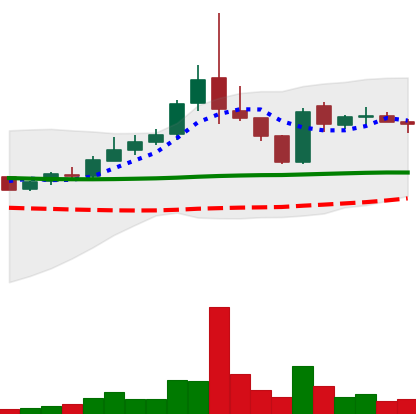
Ticker: TRX-USD
Chart end date: 2019-01-19
Forward return: 9.529%
Label: up_7plus